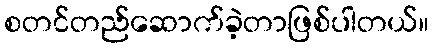
စတင်တည်ဆောက်ခဲ့တာဖြစ်ပါတယ်။